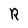
Character: R